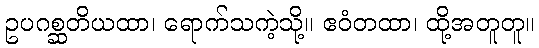
ဥပဂစ္ဆတိယထာ၊ ရောက်သကဲ့သို့။ ဧဝံတထာ၊ ထို့အတူတူ။